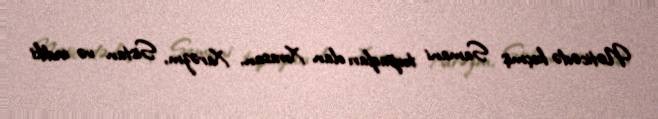
Nəticədə keçmiş Samani torpaqları olan Xorasan, Xarəzm, Sistan və indiki